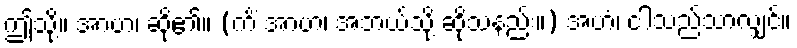
ဤသို့။ အာဟ၊ ဆို၏။ (ကိံ အာဟ၊ အဘယ်သို့ ဆိုသနည်း။) အဟံ၊ ငါသည်သာလျှင်။